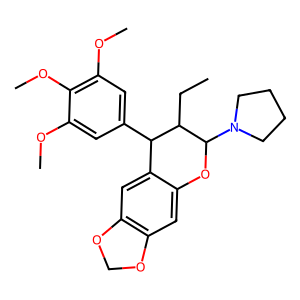
SMILES: CCC1C(c2cc(OC)c(OC)c(OC)c2)c2cc3c(cc2OC1N1CCCC1)OCO3
Inhibits HIV replication: No